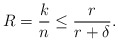
\begin{align*}R = \frac{k}{n} \leq \frac{r}{r+\delta}.\end{align*}